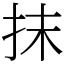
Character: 抹